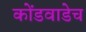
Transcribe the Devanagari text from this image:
कोंडवाडेच